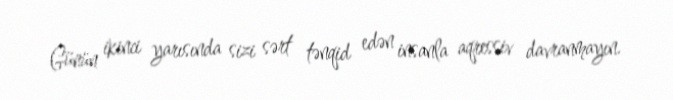
Günün ikinci yarısında sizi sərt tənqid edən insanla aqressiv davranmayın.